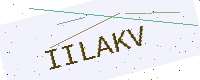
Text: IILAKV